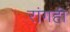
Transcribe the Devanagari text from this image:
रांगही